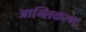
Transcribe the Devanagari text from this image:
आम्लिकरण